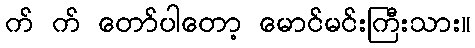
က် က် တော်ပါတော့ မောင်မင်းကြီးသား။